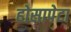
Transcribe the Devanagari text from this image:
होसापेटा